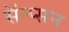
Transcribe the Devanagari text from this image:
सॅम्प्सन